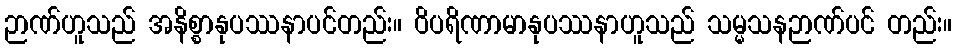
ဉာဏ်ဟူသည် အနိစ္စာနုပဿနာပင်တည်း။ ဝိပရိဏာမာနုပဿနာဟူသည် သမ္မသနဉာဏ်ပင် တည်း။